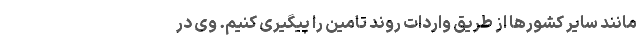
مانند سایر کشورها از طریق واردات روند تامین را پیگیری کنیم. وی در